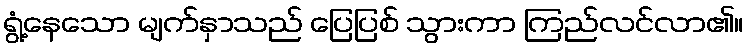
ရွံ့နေသော မျက်နှာသည် ပြေပြစ် သွားကာ ကြည်လင်လာ၏။